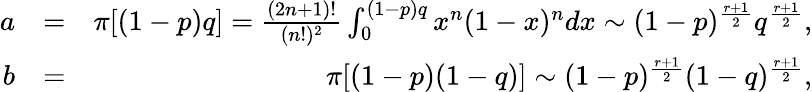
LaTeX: \begin{array}{rlr}{a}&{=}&{\pi[(1-p)q]=\frac{(2n+1)!}{(n!)^{2}}\int_{0}^{(1-p)q}x^{n}(1-x)^{n}dx\sim(1-p)^{\frac{r+1}{2}}q^{\frac{r+1}{2}},}\\ {b}&{=}&{\pi[(1-p)(1-q)]\sim(1-p)^{\frac{r+1}{2}}(1-q)^{\frac{r+1}{2}},}\end{array}